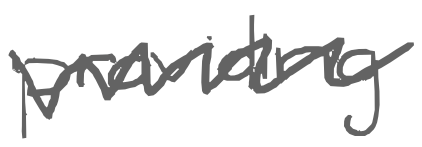
Text: providing
Cross-out: zig-zag
Writing tool: digital_gray